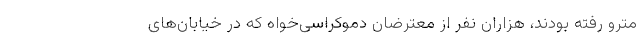
مترو رفته بودند، هزاران نفر از معترضان دموکراسی‌خواه که در خیابان‌های